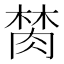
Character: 𰮫